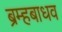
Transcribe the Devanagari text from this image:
ब्रम्हबाधव